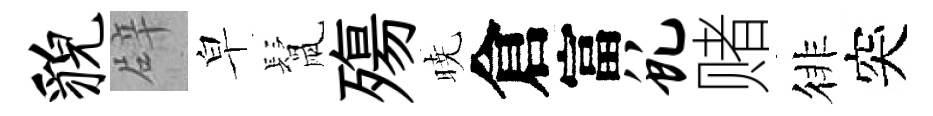
貌辟皁鬛殤暁倉富虬赌徘突